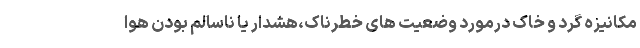
مکانیزه گرد و خاک درمورد وضعیت های خطرناک،هشدار یا ناسالم بودن هوا